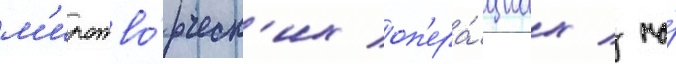
м'иротво́рческ'их оп'ера́циах / на́